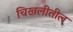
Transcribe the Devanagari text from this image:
चिखलीतील